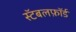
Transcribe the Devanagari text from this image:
स्टॅबलफ़ॉर्ड